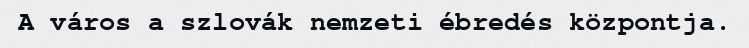
A város a szlovák nemzeti ébredés központja.